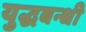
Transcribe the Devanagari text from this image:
युद्धबन्धी